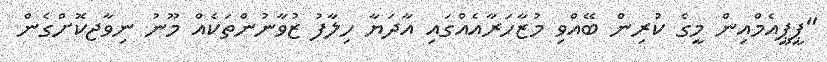
"ޕީޕީއެމްއިން މީގެ ކުރިން ބޭއްވި މުޒާހަރާއެއްގައި އާދަޔާ ހިލާފު ޒުވާނުންތަކެއް މޫނު ނިވާޖކޮށްގެން